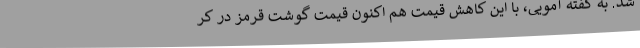
شد. به گفته آمویی، با این کاهش قیمت هم اکنون قیمت گوشت قرمز در کر